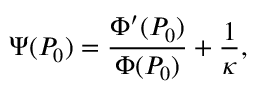
\Psi ( P _ { 0 } ) = \frac { \Phi ^ { \prime } ( P _ { 0 } ) } { \Phi ( P _ { 0 } ) } + \frac 1 \kappa ,